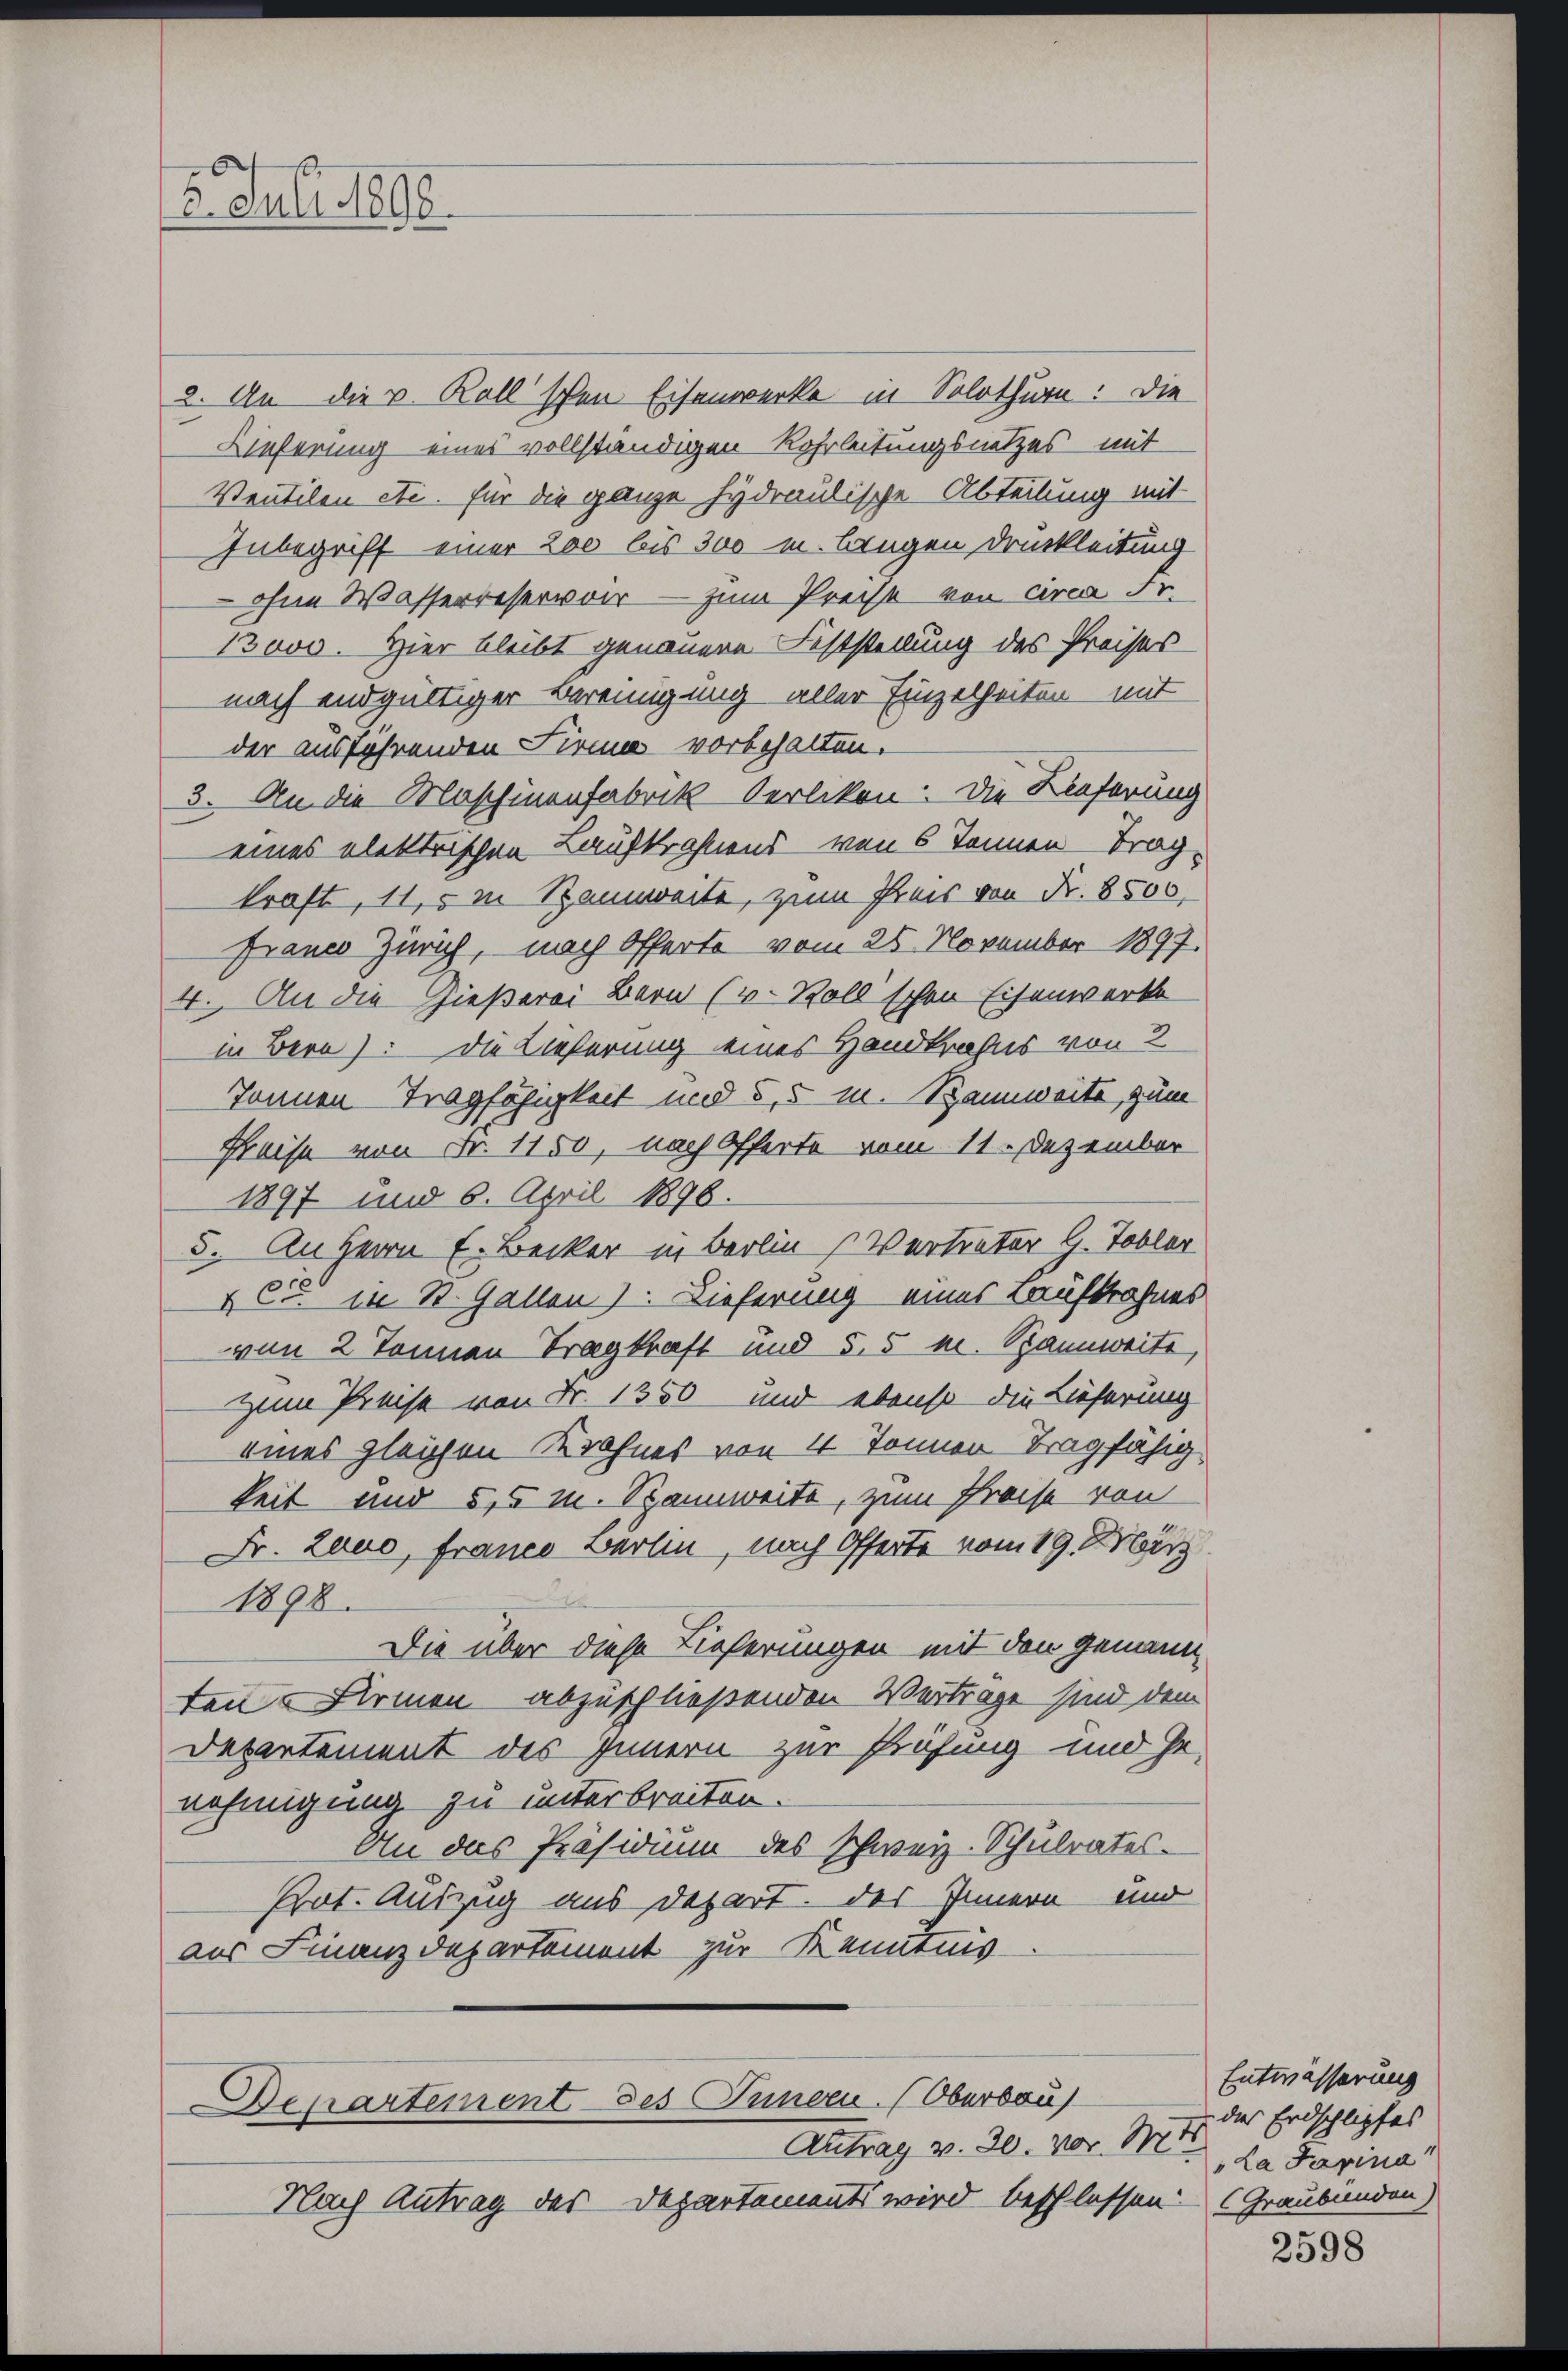
2. Juli 1892

2. An die v. Koll schon Eisenwerke in Solothur: Die
Lieferung eines vollständigen Rehrleitungsnetzes mit
Ventilen etc. für die ganze Hydraulische Abteilung mit
Inbegriff einer 200 bis 300 m. Brugen Druckleitung
 ohne Wasserreser vor — zum Preise von circa Fr.
13000. Hier bleibt genauere Feststellung des Preises
nach endgültiger Bereinigung aller Einzelheiten mit
der ausführenden Firma vorbehalten.
3. An die Maschinenfabrik Oerlikon. Die Lieferung
eines elektrischen Laufkröhnens von 6 Tennen Trag
kraft, 11,5 m Spannweite, zum Preis von Fr. 8500,
Franco Zürich, nach Offerte vom 25. November 1897.
4. An die Gießerei Bern (v. Roll schon Eisenwerks
in Bern): Die Lieferung eines Handkrafes von 2
Tonnen Tragfähigkeit und 5,5 M. Bannweite, zum
Preise von Fr. 1150, nach Offerte vom 11. Dezember
1897 und 6. April 1896.
5. An Herrn E. Becker in Berlin Vertreter G. Tobler
C. in St. Gallen). Lieferung eines Lauftrafens
von 2 Tonnen Tragkraft und 55 m. Spannweite,
Zum Preise von Fr. 1350 und ebenso die Lieferung
eines gleichen Krahnes von 4 Tonnen Tragfähig
keit und 5,5 m. Spannweite, zum Preise von
Fr. Zauo, Franco Burlin, nach Offerte vom 19. März
1898.
Die über diese Lieferungen mit den genannten Firmen abzuschließenden Vertrage sind dem
Departement des Innern zur Prüfung und Ge-
nehmigung zu unterbreiten.
An das Präsidium des Schweiz. Schulrates¬
Pot. Auszug aus Depart. des Innern und
aus Finanzdepartement zur Kenntnis

Departement des Tunocu. (Oberbau

Antrag v. 30. vor. Mts. da darina
Nach Antrag des Departements wird beschlossen. (Graubünden,

Entwässerung
des Erdschlipfes

2598